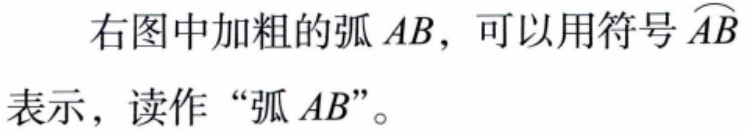
右图中加粗的弧 \(AB\)，可以用符号 \(\overset{\frown}{AB}\) 表示，读作“弧 \(AB\)”。